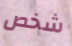
شخص